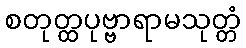
စတုတ္ထပုဗ္ဗာရာမသုတ္တံ